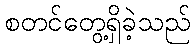
စတင်တွေ့ရှိခဲ့သည်